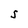
Character: 5